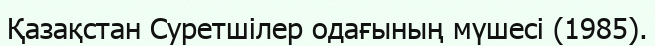
Қазақстан Суретшілер одағының мүшесі (1985).